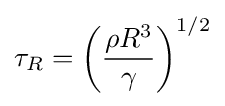
\tau _{R}=\left({\frac {\rho R^{3}}{\gamma }}\right)^{1/2}